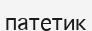
патетик